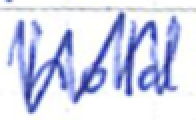
Text: hold
Cross-out: zig-zag
Writing tool: ballpoint